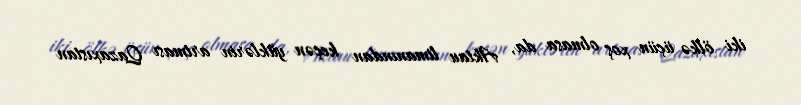
iki ölkə üçün xoş olmasa da, Aktau limanından keçən yüklərin artması Qazaxıstan